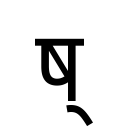
OCR:
ष्